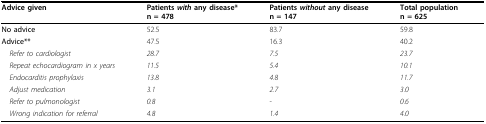
| Advice given | Patients with any disease*n = 478 | Patients without any diseasen = 147 | Total populationn = 625 |
 | --- | --- | --- | --- |
 | No advice | 52.5 | 83.7 | 59.8 |
 | Advice** | 47.5 | 16.3 | 40.2 |
 | Refer to cardiologist | 28.7 | 7.5 | 23.7 |
 | Repeat echocardiogram in x years | 11.5 | 5.4 | 10.1 |
 | Endocarditis prophylaxis | 13.8 | 4.8 | 11.7 |
 | Adjust medication | 3.1 | 2.7 | 3.0 |
 | Refer to pulmonologist | 0.8 | - | 0.6 |
 | Wrong indication for referral | 4.8 | 1.4 | 4.0 |